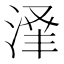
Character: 𬈃